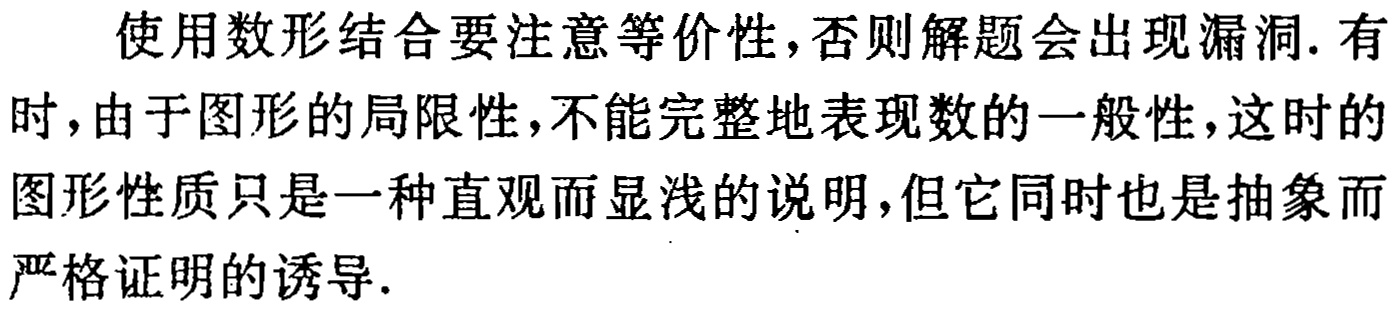
使用数形结合要注意等价性,否则解题会出现漏洞.有时,由于图形的局限性,不能完整地表现数的一般性,这时的图形性质只是一种直观而显浅的说明,但它同时也是抽象而严格证明的诱导.